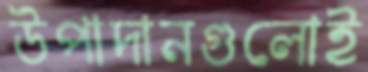
উপাদানগুলোই